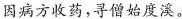
因病方收药，寻僧始度溪。